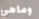
وماهي